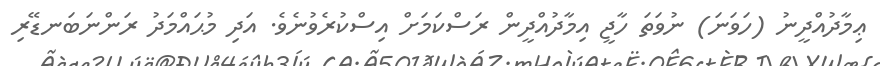
ޢިމާދުއްދީނު (ހަވަނަ) ނުވަތަ ހާޖީ އިމާދުއްދީން ރަސްކަމަށް އިސްކުރެވުނެވެ. އަދި މުޙައްމަދު ރަންނަބަނޑޭރި